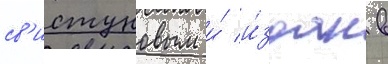
св'истуновым и́ и́здан в